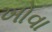
ખોવા